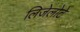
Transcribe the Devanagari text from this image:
लिजेलोटे